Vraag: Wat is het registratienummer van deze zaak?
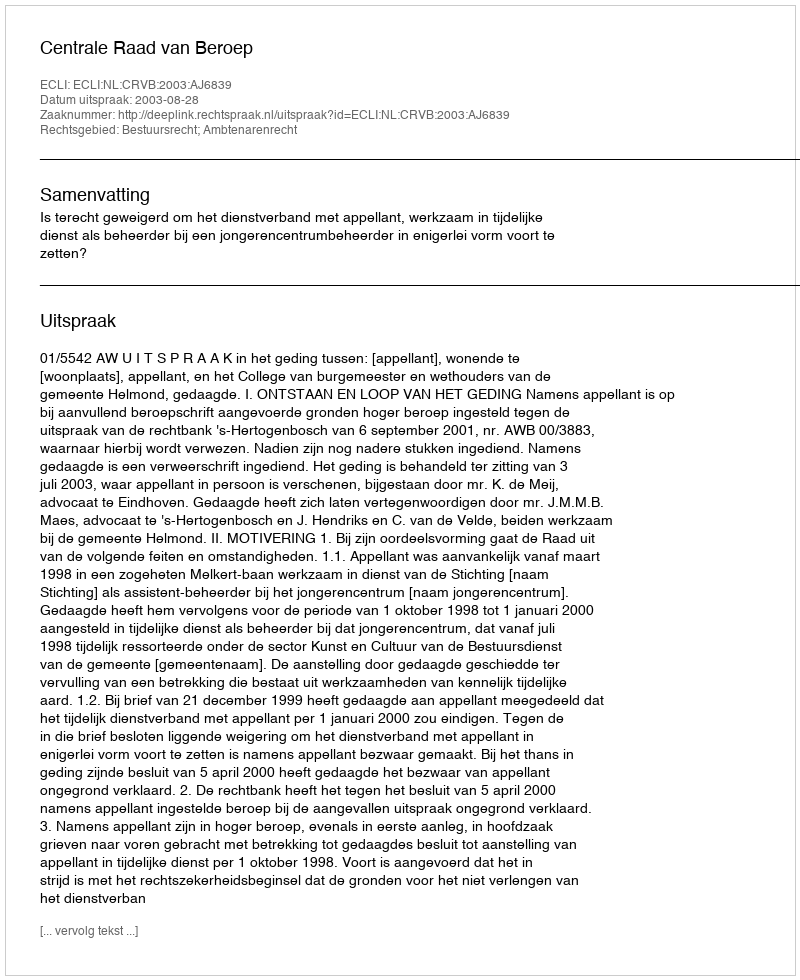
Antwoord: http://deeplink.rechtspraak.nl/uitspraak?id=ECLI:NL:CRVB:2003:AJ6839